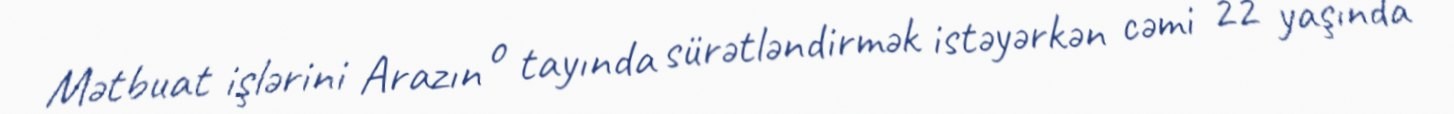
Mətbuat işlərini Arazın o tayında sürətləndirmək istəyərkən cəmi 22 yaşında